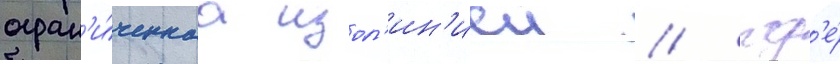
огран'и́ченнаа изол'ин'иеи / гд'е́